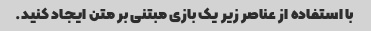
با استفاده از عناصر زیر یک بازی مبتنی بر متن ایجاد کنید.